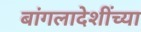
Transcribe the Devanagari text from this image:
बांगलादेशींच्या